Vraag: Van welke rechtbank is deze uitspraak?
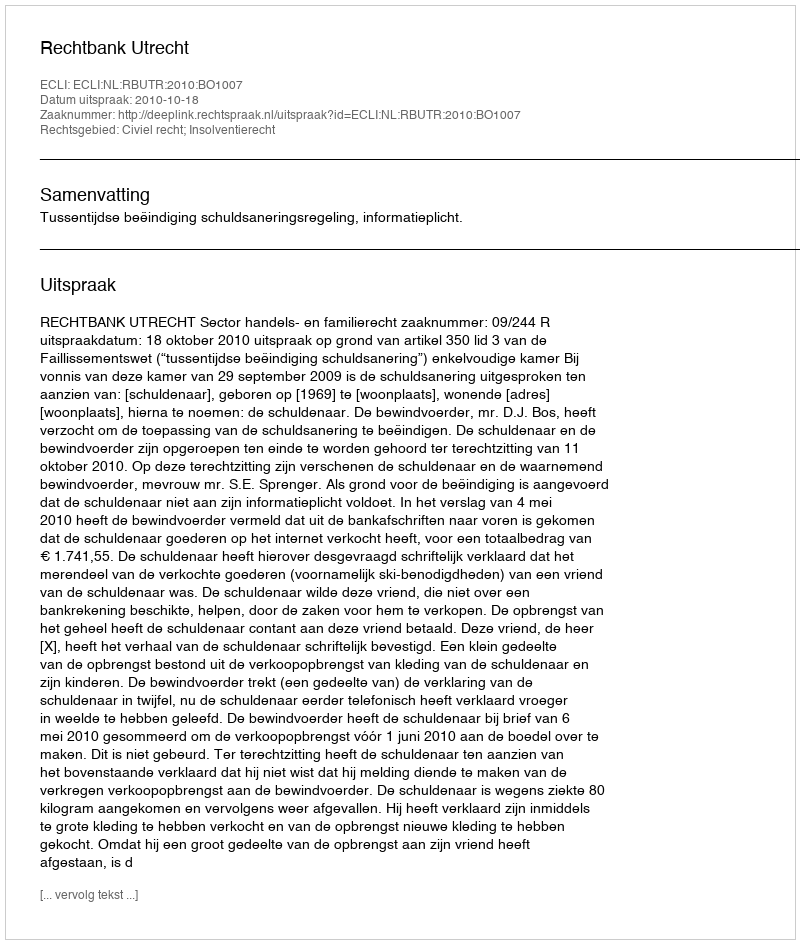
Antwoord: Rechtbank Utrecht